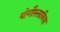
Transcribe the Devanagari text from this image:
योगौस्लाविया